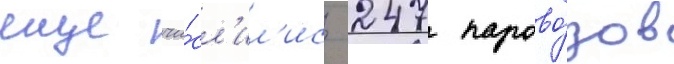
еще чи́сл'ил'ись 247 парово́зов